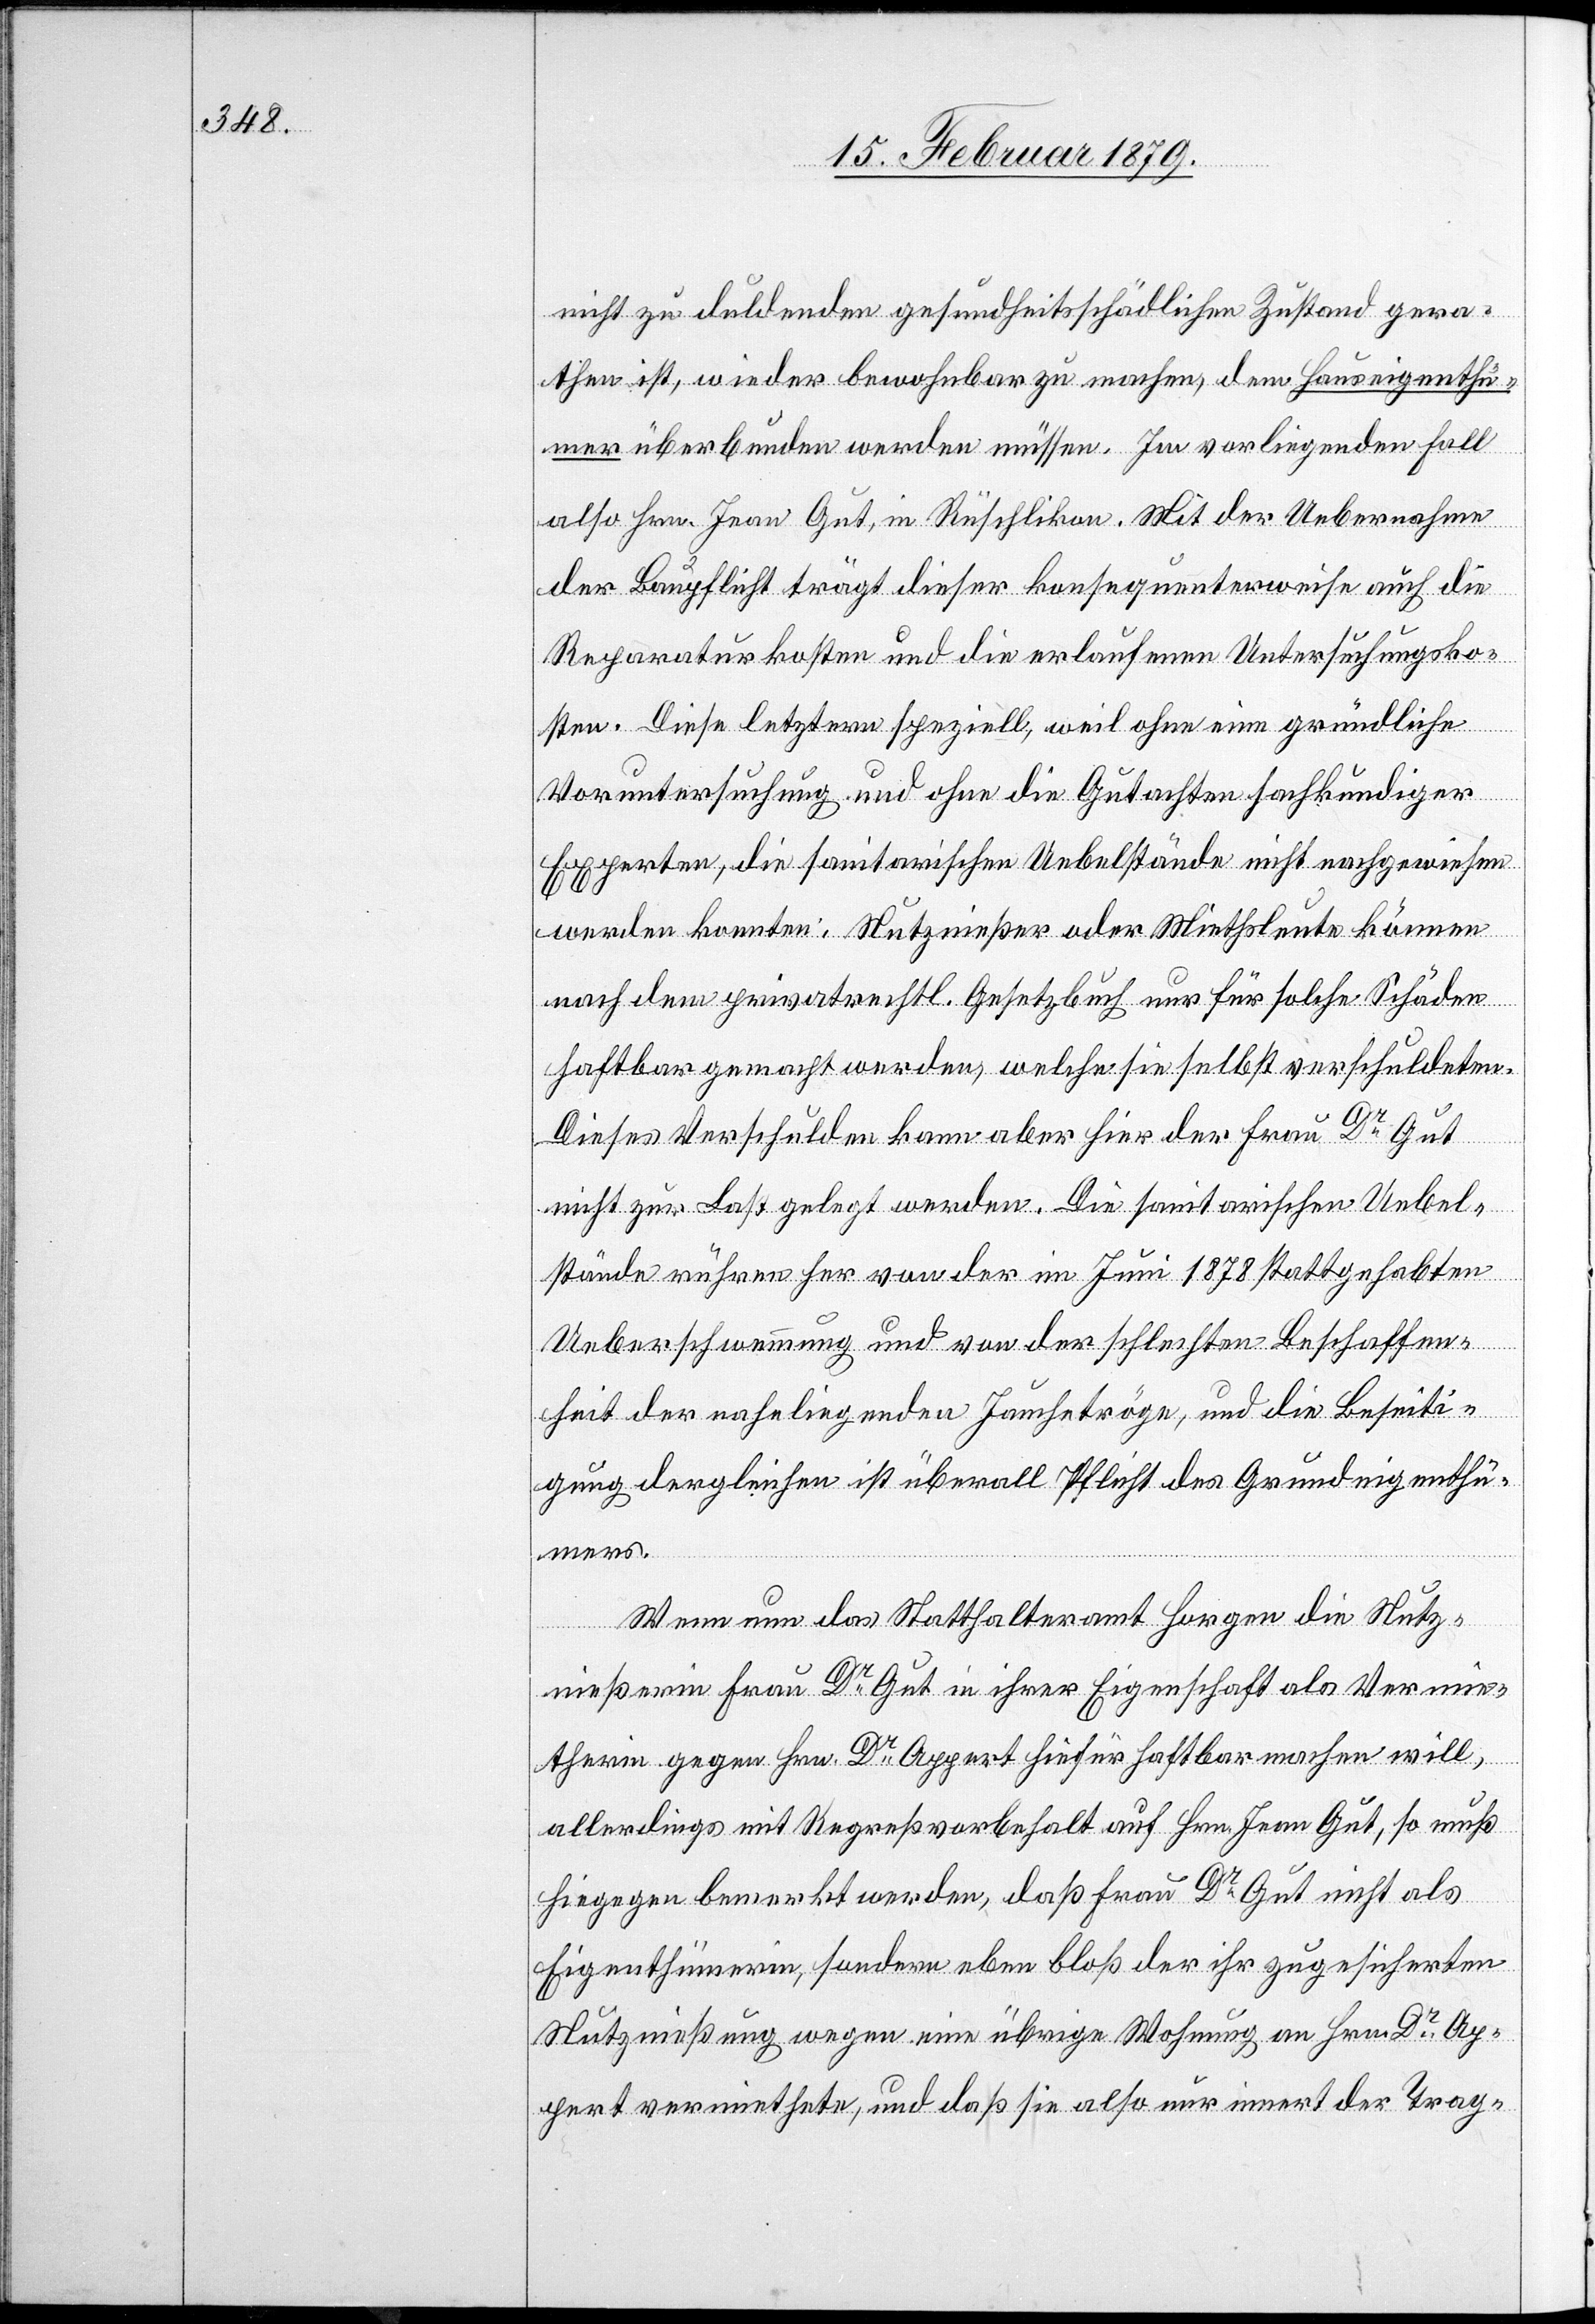
nicht zu duldenden gesundheitsschädlichen Zustand gera¬
then ist, wieder bewohnbar zu machen, dem Hauseigenthü¬
mer überbunden werden müssen. Im vorliegenden Fall
also Hrn. Jean Gut in Rüschlikon. Mit der Uebernahme
der Baupflicht trägt dieser konsequenterweise auch die
Reparaturkosten und die erlaufenen Untersuchungsko¬
sten. Diese letztern speziell, weil ohne eine gründliche
Voruntersuchung und ohne die Gutachten sachkundiger
Experten, die sanitarischen Uebelstände nicht nachgewiesen
werden konnten. Nutznießer oder Miethsleute können
nach dem privatrechtl. Gesetzbuch nur für solche Schäden
haftbar gemacht werden, welche sie selbst verschuldeten.
Dieses Verschulden kann aber hier der Frau Dr Gut
nicht zur Last gelegt werden. Die sanitarischen Uebel¬
stände rühren her von der im Juni 1878 stattgehabten
Ueberschwemmung und von der schlechten Beschaffen¬
heit der naheliegenden Jauchetröge, und die Beseiti¬
gung dergleichen ist überall Pflicht des Grundeigenthü¬
mers.
Wenn nun das Statthalteramt Horgen die Nutz¬
nießerin Frau Dr Gut in ihrer Eigenschaft als Vermie¬
therin gegen Hrn. Dr Appert hiefür haftbar machen will,
allerdings mit Regreßvorbehalt auf Hrn Jean Gut, so muß
hiegegen bemerkt werden, daß Frau Dr Gut nicht als
Eigenthümerin, sondern eben bloß der ihr zugesicherten
Nutznießung wegen eine übrige Wohnung an Herrn Dr Ap¬
pert vermiethete, und daß sie also nur innert der Trag-